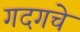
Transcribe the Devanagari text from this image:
गदगचे